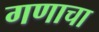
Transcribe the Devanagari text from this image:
गणाचा